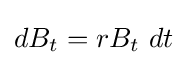
dB_{t}=rB_{t}~dt